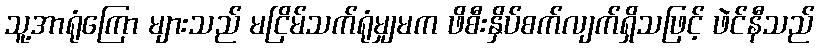
သူ့အာရုံကြော များသည် မငြိမ်သက်ရုံမျှမက ဖိစီးနှိပ်စက်လျက်ရှိသဖြင့် ဖဲင်နီသည်